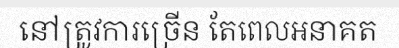
នៅត្រូវការច្រើន តែពេលអនាគត